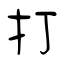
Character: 打